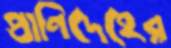
প্রাণিদেহের